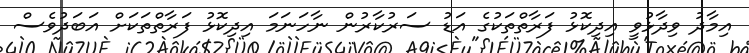
އިމާދު ވިދާޅުވީ އިދިކޮޅު ފަރާތްތަކުގެ އަޑު ސަރުކާރުން ނާހަނަމަ އިދިކޮޅު ފަރާތްތަކަށް އަބަދުވެސް